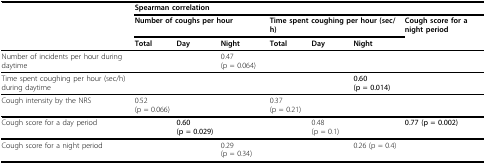
|  | <COLSPAN=7> Spearman correlation |
 |  | <COLSPAN=3> Number of coughs per hour | <COLSPAN=3> Time spent coughing per hour (sec/h) | Cough score for a night period |
 |  | Total | Day | Night | Total | Day | Night |  |
 | --- | --- | --- | --- | --- | --- | --- | --- |
 | Number of incidents per hour during daytime |  |  | 0.47 (p = 0.064) |  |  |  |  |
 | Time spent coughing per hour (sec/h) during daytime |  |  |  |  |  | 0.60 (p = 0.014) |  |
 | Cough intensity by the NRS | 0.52 (p = 0.066) |  |  | 0.37 (p = 0.21) |  |  |  |
 | Cough score for a day period |  | 0.60 (p = 0.029) |  |  | 0.48 (p = 0.1) |  | 0.77 (p = 0.002) |
 | Cough score for a night period |  |  | 0.29 (p = 0.34) |  |  | 0.26 (p = 0.4) |  |